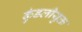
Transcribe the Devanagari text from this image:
कुंडलीयुक्त